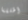
أطلقنا